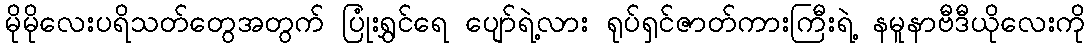
မိုမိုလေးပရိသတ်တွေအတွက် ပြုံးရွှင်ရေ ပျော်ရဲ့လား ရုပ်ရှင်ဇာတ်ကားကြီးရဲ့ နမူနာဗီဒီယိုလေးကို